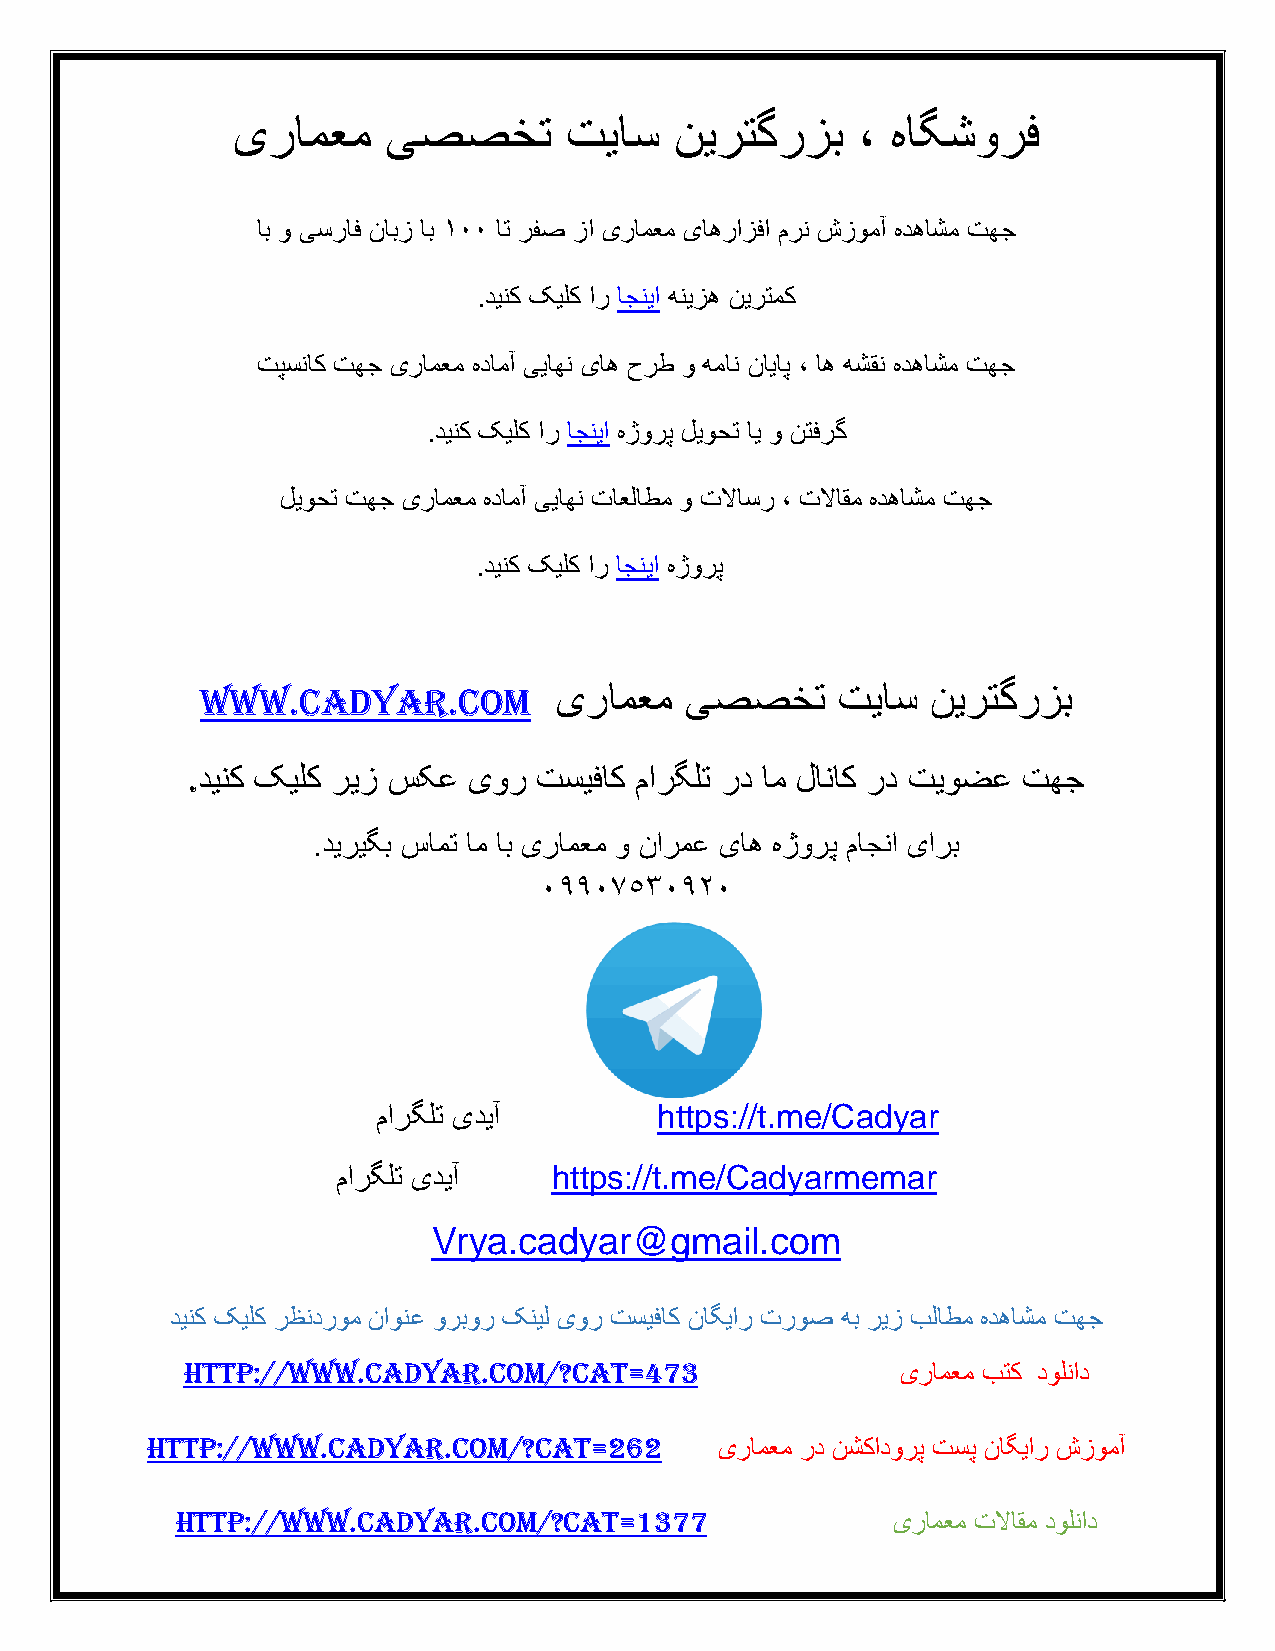
یرامعم     یصصخت      تیاس    نیرتگرزب    ، هاگشورف
 اب و یسراف نابز اب 100 ات رفص زا یرامعم یاهرازفا مرن شزومآ هدهاشم تهج
 .دینک کیلک ار اجنیا هنیزه نیرتمک
 تپسناک تهج یرامعم هدامآ ییاهن یاه حرط و همان نایاپ ، اه هشقن هدهاشم تهج
 .دینک کیلک ار اجنیا هژورپ لیوحت ای و نتفرگ
 لیوحت تهج یرامعم هدامآ ییاهن تاعلاطم و تلااسر ، تلااقم هدهاشم تهج
 .دینک کیلک ار اجنیا هژورپ
 یرامعم  یصصخت     تیاس   نیرتگرزب
 www.cadyar.com
 .دینک کیلک ریز سکع یور  تسیفاک مارگلت رد ام لاناک رد تیوضع تهج
 .دیریگب سامت ام اب یرامعم و نارمع یاه هژورپ ماجنا یارب
 09907530920
 مارگلت یدیآ        https://t.me/Cadyar
 مارگلت یدیآ    https://t.me/Cadyarmemar
 Vrya.cadyar@gmail.com
 دینک کیلک رظندروم ناونع وربور کنیل یور تسیفاک ناگیار تروص هب ریز بلاطم هدهاشم تهج
 http://www.cadyar.com/?cat=473                  یرامعم بتک دولناد
 http://www.cadyar.com/?cat=262        یرامعم رد نشکادورپ تسپ ناگیار شزومآ
 http://www.cadyar.com/?cat=1377                یرامعم تلااقم دولناد